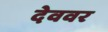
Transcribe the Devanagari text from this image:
देववर